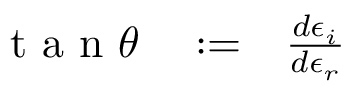
\begin{array} { r l r } { \mathrm { ~ t ~ a ~ n ~ } \theta } & { { } : = } & { \frac { d \epsilon _ { i } } { d \epsilon _ { r } } } \end{array}